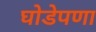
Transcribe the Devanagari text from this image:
घोडेपणा